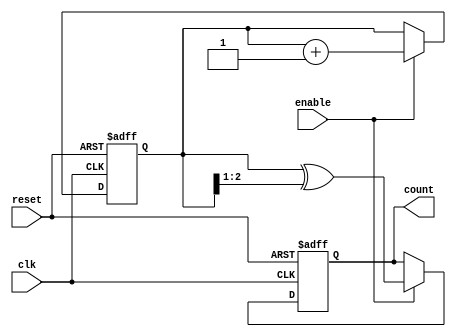
module gray_code_async_counter #(
    parameter N = 3  // Number of bits for the counter
)(
    input wire reset,       // Asynchronous reset
    input wire enable,      // Enable signal for counting
    input wire clk,         // Clock signal (not used in this design)
    output reg [N-1:0] count // Current count in Gray code
);

// Internal binary counter
reg [N-1:0] binary_count;

// Function to convert binary to Gray code
function [N-1:0] binary_to_gray;
    input [N-1:0] binary;
    begin
        binary_to_gray = binary ^ (binary >> 1);
    end
endfunction

// Asynchronous reset and counting logic
always @(posedge clk or posedge reset) begin
    if (reset) begin
        binary_count <= 0; // Reset binary counter
        count <= binary_to_gray(0); // Reset Gray code output
    end else if (enable) begin
        binary_count <= binary_count + 1; // Increment binary counter
        count <= binary_to_gray(binary_count); // Update Gray code output
    end
end

endmodule